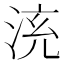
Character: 𣴹